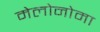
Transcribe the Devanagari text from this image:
मेलोनोमा